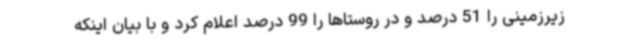
زیرزمینی را 51 درصد و در روستاها را 99 درصد اعلام کرد و با بیان اینکه